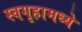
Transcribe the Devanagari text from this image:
स्वगृहामध्ये